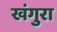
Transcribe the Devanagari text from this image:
खंगुरा